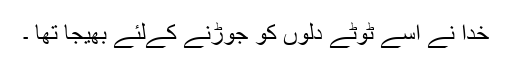
خدا نے اسے ٹوٹے دلوں کو جوڑنے کےلئے بھیجا تھا ۔